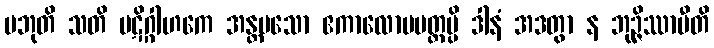
ပဘုတိ သတိ ပဋိဂ္ဂါဟကေ အန္တမသော ဧကာလောပမတ္တမ္ပိ ဒါနံ အဒတွာ န ဘုဉ္ဇိဿာမီတိ